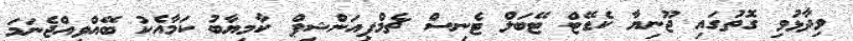
ވިދާޅުވި ގޮތުގައި ޖޫނިޔާ ކެޑޭޓް ޓޭބަލް ޓެނިސް ޗެމްޕިއަންޝިޕް ކާމިޔާބު ކަމާއެކު ބޭއްވިއްޖެނަމަ